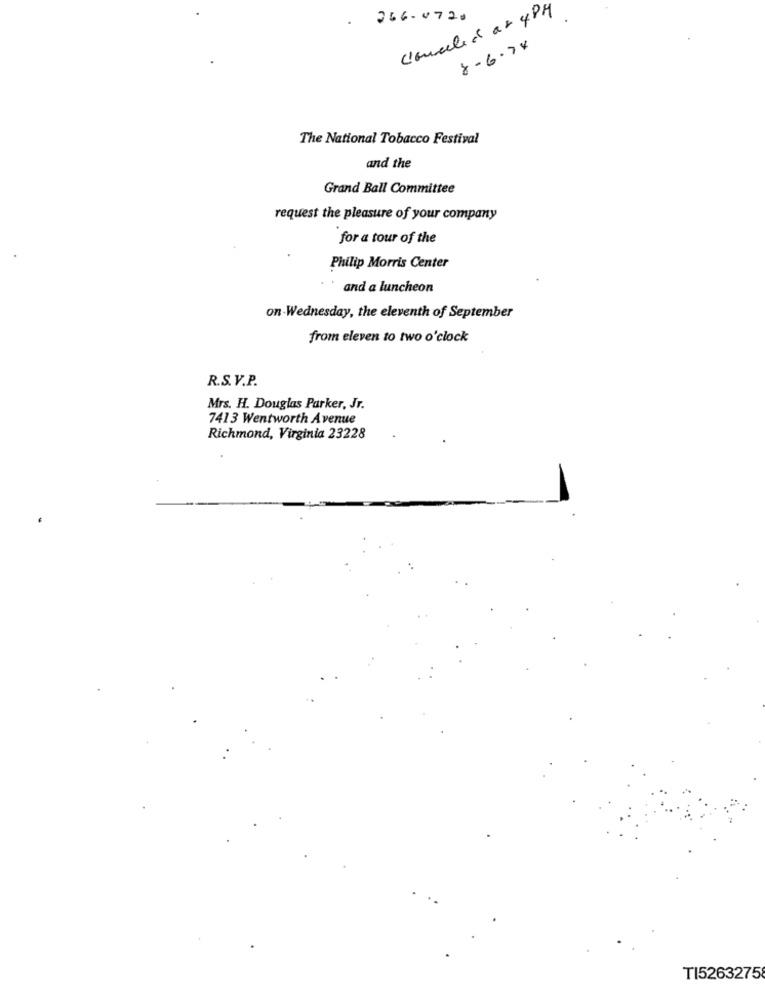
Canceled at 4PM
.266-0720
8-6.78
The National Tobacco Festival
and the
Grand Ball Committee
request the pleasure of your company
for a tour of the
Philip Morris Center
and a luncheon
on Wednesday, the eleventh of September
from eleven to two o'clock
R.S.V.P.
Mrs. H. Douglas Parker, Jr.
7413 Wentworth Avenue
Richmond, Virginia 23228
TI52632758